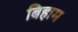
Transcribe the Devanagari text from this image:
बिहाम